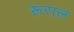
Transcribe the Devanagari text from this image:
रूराल